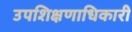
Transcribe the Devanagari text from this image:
उपशिक्षणाधिकारी